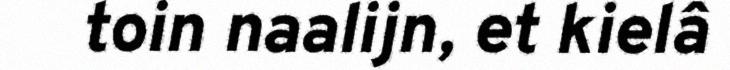
toin naalijn, et kielâ